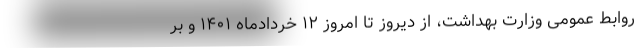
روابط عمومی وزارت بهداشت، از دیروز تا امروز ۱۲ خردادماه ۱۴۰۱ و بر